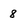
Character: 8